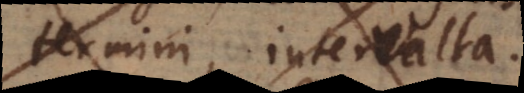
termini, intervalla.